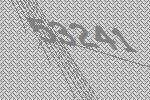
53241